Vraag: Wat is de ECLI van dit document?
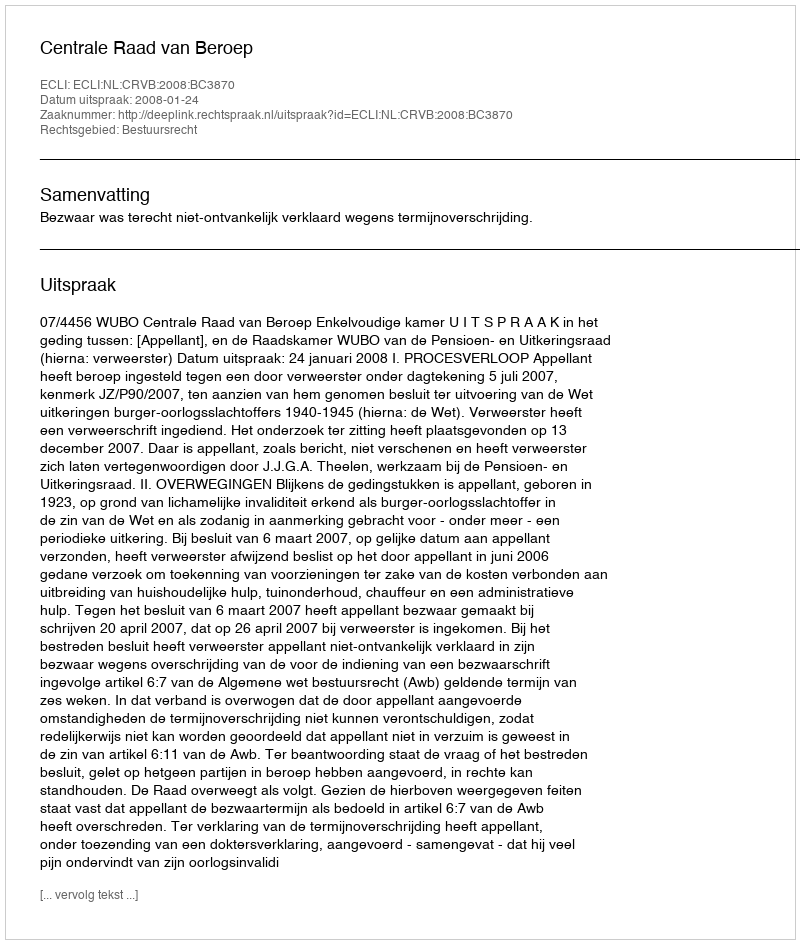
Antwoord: ECLI:NL:CRVB:2008:BC3870